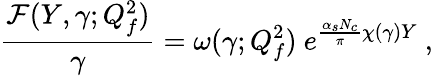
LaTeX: \frac{{\mathcal F}(Y,\gamma;Q_{f}^{2})}{\gamma}=\omega(\gamma;Q_{f}^{2})\ e^{\frac{\alpha_{s}N_{c}}{\pi}\chi(\gamma)Y}\ ,